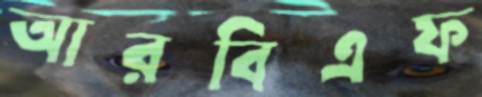
আরবিএফ